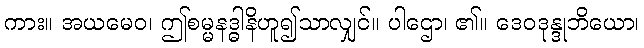
ကား။ အယမေဝ၊ ဤစမ္မနဒ္ဓါနိဟူ၍သာလျှင်။ ပါဌော၊ ၏။ ဒေဝဒုန္ဒုဘိယော၊